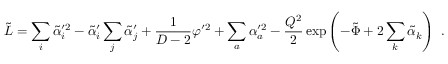
\tilde { L } = \sum _ { i } \tilde { \alpha } _ { i } ^ { \prime 2 } - \tilde { \alpha } _ { i } ^ { \prime } \sum _ { j } \tilde { \alpha } _ { j } ^ { \prime } + { \frac { 1 } { D - 2 } } \varphi ^ { \prime 2 } + \sum _ { a } \alpha _ { a } ^ { \prime 2 } - { \frac { Q ^ { 2 } } { 2 } } \exp \left( - \tilde { \Phi } + 2 \sum _ { k } \tilde { \alpha } _ { k } \right) \ .